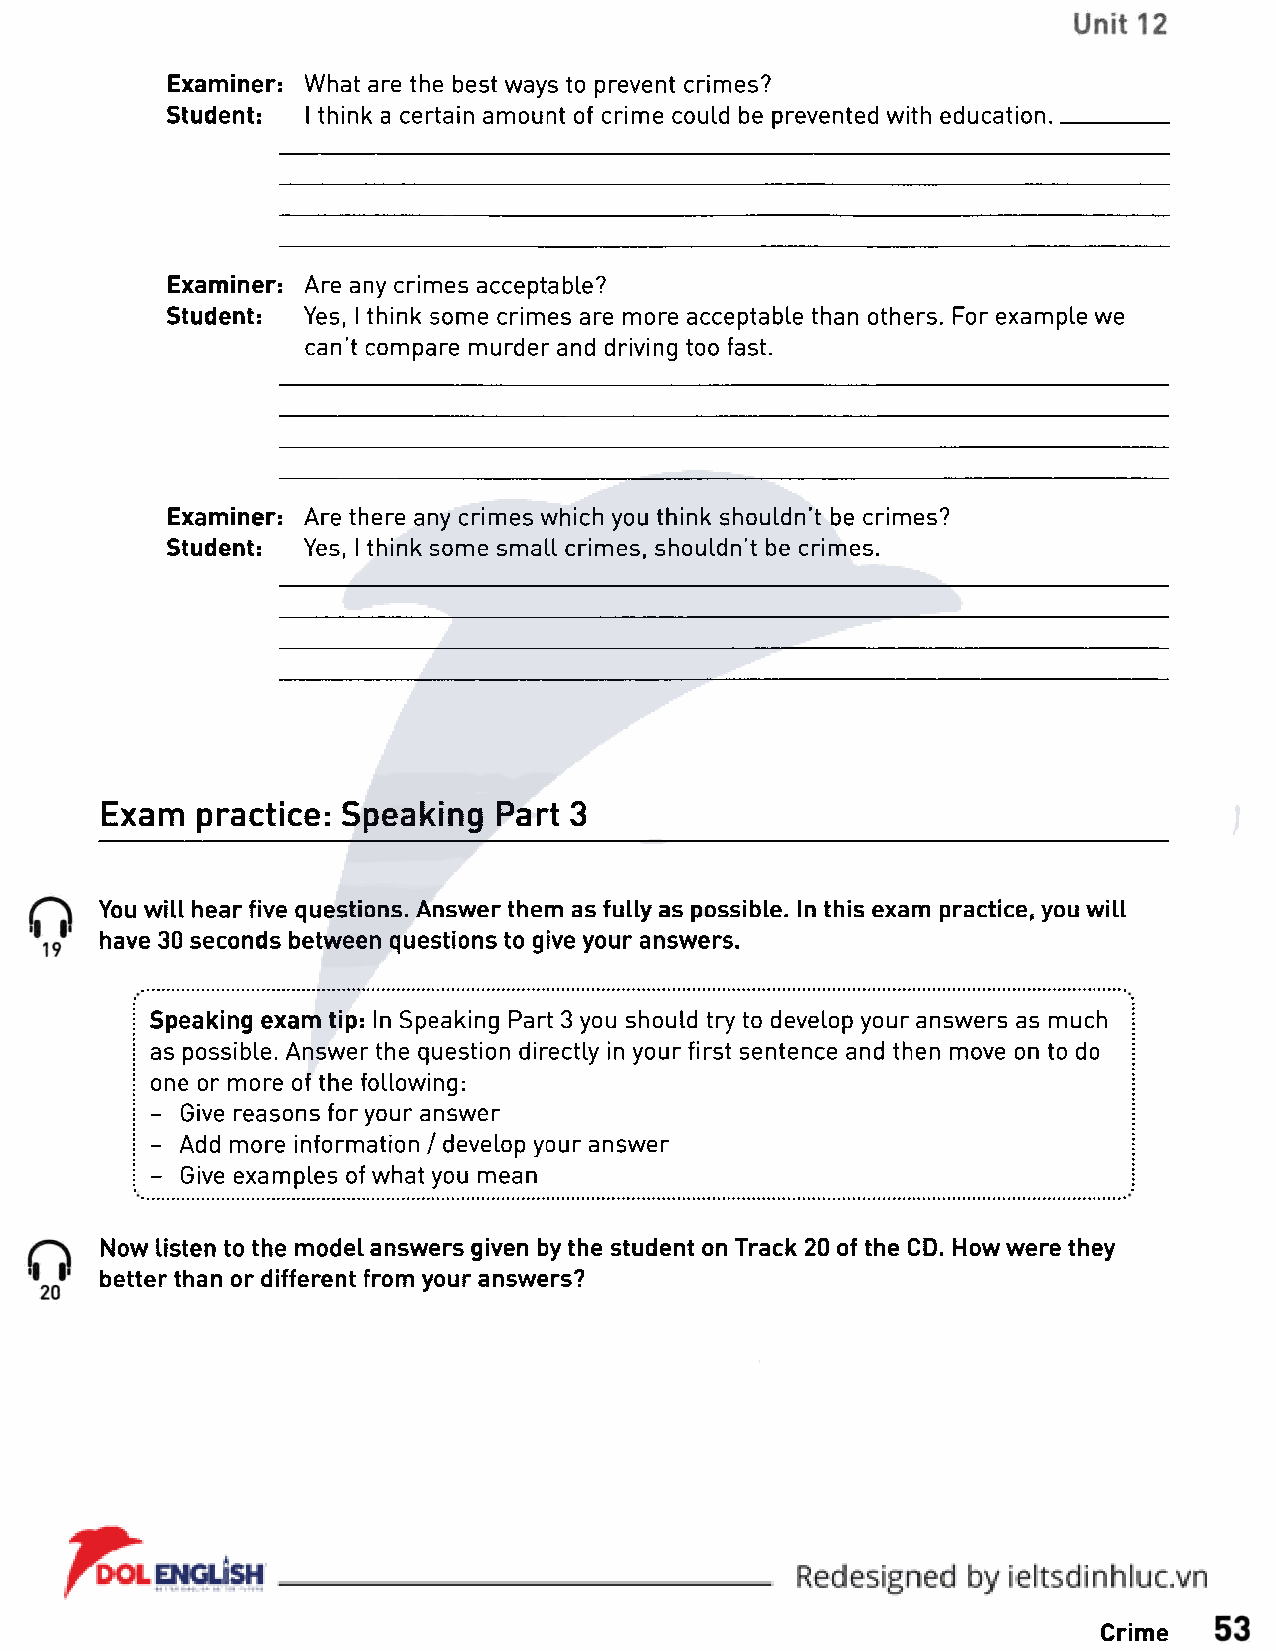
Examiner: What are the best ways to prevent crimes?
 Student: I think a certain amount of crime could be prevented with education.
 Examiner: Are any crimes acceptable?
 Student: Yes, I think some crimes are more acceptable than others. For example we
 can't compare murder and driving too fast.
 Examiner: Are there any crimes which you think shouldn’t be crimes?
 Student: Yes, I think some small crimes, shouldn't be crimes.
 Exam  practice: Speaking  Part 3
 You will hear five questions. Answer them as fully as possible. In this exam practice, you will
 have 30 seconds between questions to give your answers.
 Speaking exam tip: In Speaking Part 3 you should try to develop your answers as much
 as possible. Answer the question directly in your first sentence and then move on to do
 one or more of the following:
 - Give reasons for your answer
 - Add more information / develop your answer
 - Give examples of what you mean
 Now listen to the model answers given by the student on Track 20 of the CD. How were they
 better than or different from your answers?
 Crime